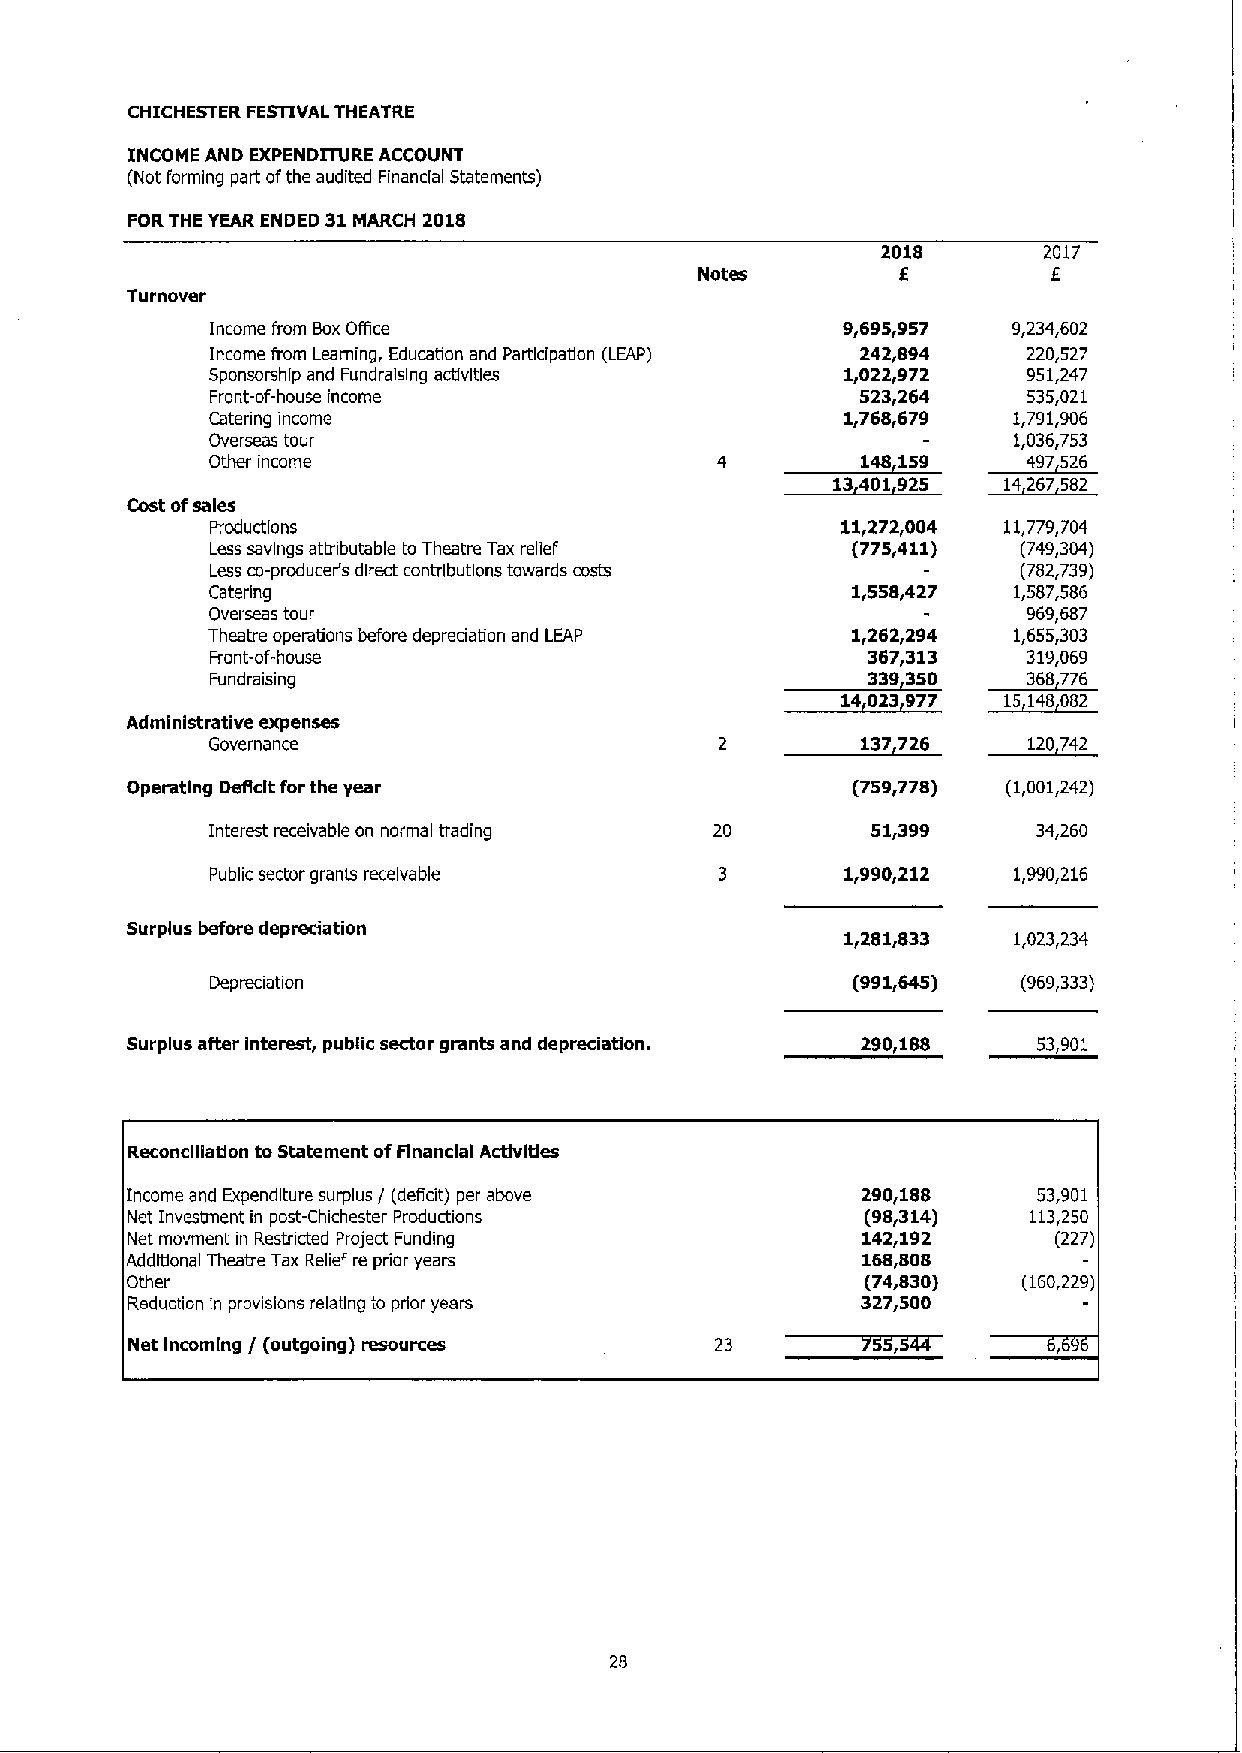
CHICHESTER FESTIVAL THEATRE
 INCOME AND EXPENDITURE ACCOUNT
 (Not forming part ofthe audited Financial Statements)
 FORTHE YEAR ENDED 31MARCH 2018
 2018       2017
 I         I
 Notes
 Turnover
 Income from BoxOffice                     9,695,957  9,23'l,602
 Income from Learning, Education and Participation (LEAP) 242,894 220,527
 Sponsorship and Fundralslng activities    1,022,972   951,247
 Front-of-house income                      523,264    535,021
 Catenng income                            1,768,679  1,791,906
 Overseas tour                                        1,036,753
 Other income                               1401 9     4 29 6» »6
 3 0 92
 Cost ofsales
 Productions                               11,272,004 11,779,704
 Less savings attributable to Theatre Tax relief (775,411) (749,304)
 Less co-producer's direct contributions towards costs (782,739)
 Catering                                  1,558,427  1,587,586
 Overseas tour                                         969,687
 Theatre operations before depreciation and LEAP 1,262,294 1,655,303
 Front-of-house                             367,313    319,069
 Fundraising
 339300     368»6
 1 023 9   16 1 0 02
 Administrative expenses                           3»
 Governance                                     6       0742
 Operating Deficit forthe year                   (759,778)  (1,001,242)
 Interest receivable on normal trading 20    51,399     34,260
 Public sector grants receivable           1,990,212  1,990,216
 Surplus before depredation
 1,281,833  1,023,234
 Depreciation                              (991,645)   (969,333)
 Surplus after interest, public sector grants and depreciation. 290,188 53,901
 Reconciliation to Statement ofFinancial Activities
 Income and Expenditure surplus / (deficit) per above 290,188 53,901
 Net Invesiment in post-Chichester Productions    (98,314)   113,250
 Net movment in Restncted Project Funding         142,192      (227)
 Additional Theatre Tax Relief re prior years     168,808
 Other                                            (74,830)   (160,229)
 Reduction in provisions relating io prior years  327,500
 Net Incoming / (outgoing) resources    23
 28